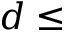
d \leq